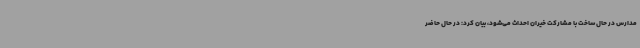
مدارس در حال ساخت با مشارکت خیران احداث می‌شود، بیان کرد: در حال حاضر